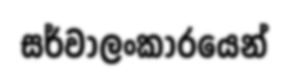
සර්වාලංකාරයෙන්